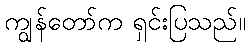
ကျွန်တော်က ရှင်းပြသည်။